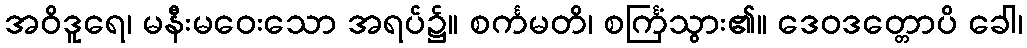
အဝိဒူရေ၊ မနီးမဝေးသော အရပ်၌။ စင်္ကမတိ၊ စင်္ကြံသွား၏။ ဒေဝဒတ္တောပိ ခေါ၊